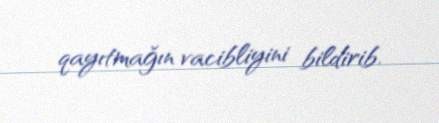
qayıtmağın vacibliyini bildirib.